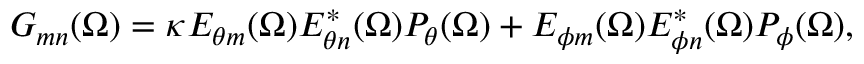
G _ { m n } ( \Omega ) = \kappa E _ { \theta m } ( \Omega ) E _ { \theta n } ^ { * } ( \Omega ) P _ { \theta } ( \Omega ) + E _ { \phi m } ( \Omega ) E _ { \phi n } ^ { * } ( \Omega ) P _ { \phi } ( \Omega ) ,